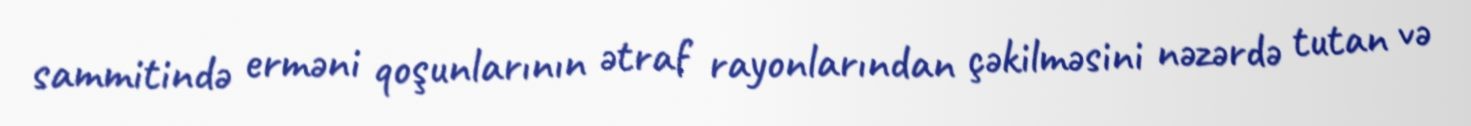
sammitində erməni qoşunlarının ətraf rayonlarından çəkilməsini nəzərdə tutan və